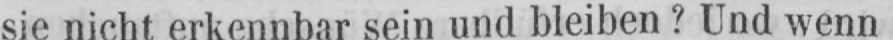
sie nicht erkennbar sein und bleiben? Und wenn